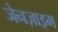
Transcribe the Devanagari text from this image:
जेनज़ाइम